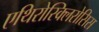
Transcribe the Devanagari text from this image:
एथिरोस्क्लिरोसिस